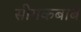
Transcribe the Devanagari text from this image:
सीगकबाब